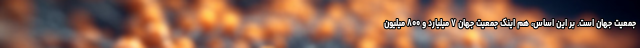
جمعیت جهان است. بر این اساس، هم اینک جمعیت جهان ۷ میلیارد و ۸۰۰ میلیون